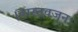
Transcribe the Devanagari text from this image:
।वास्तवजन